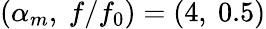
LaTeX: (\alpha_{m},\ f/f_{0})=(4,\ 0.5)